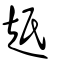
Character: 赿